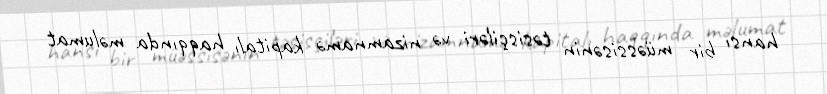
hansı bir müəssisənin təsisçiləri və nizamnamə kapitalı haqqında məlumat